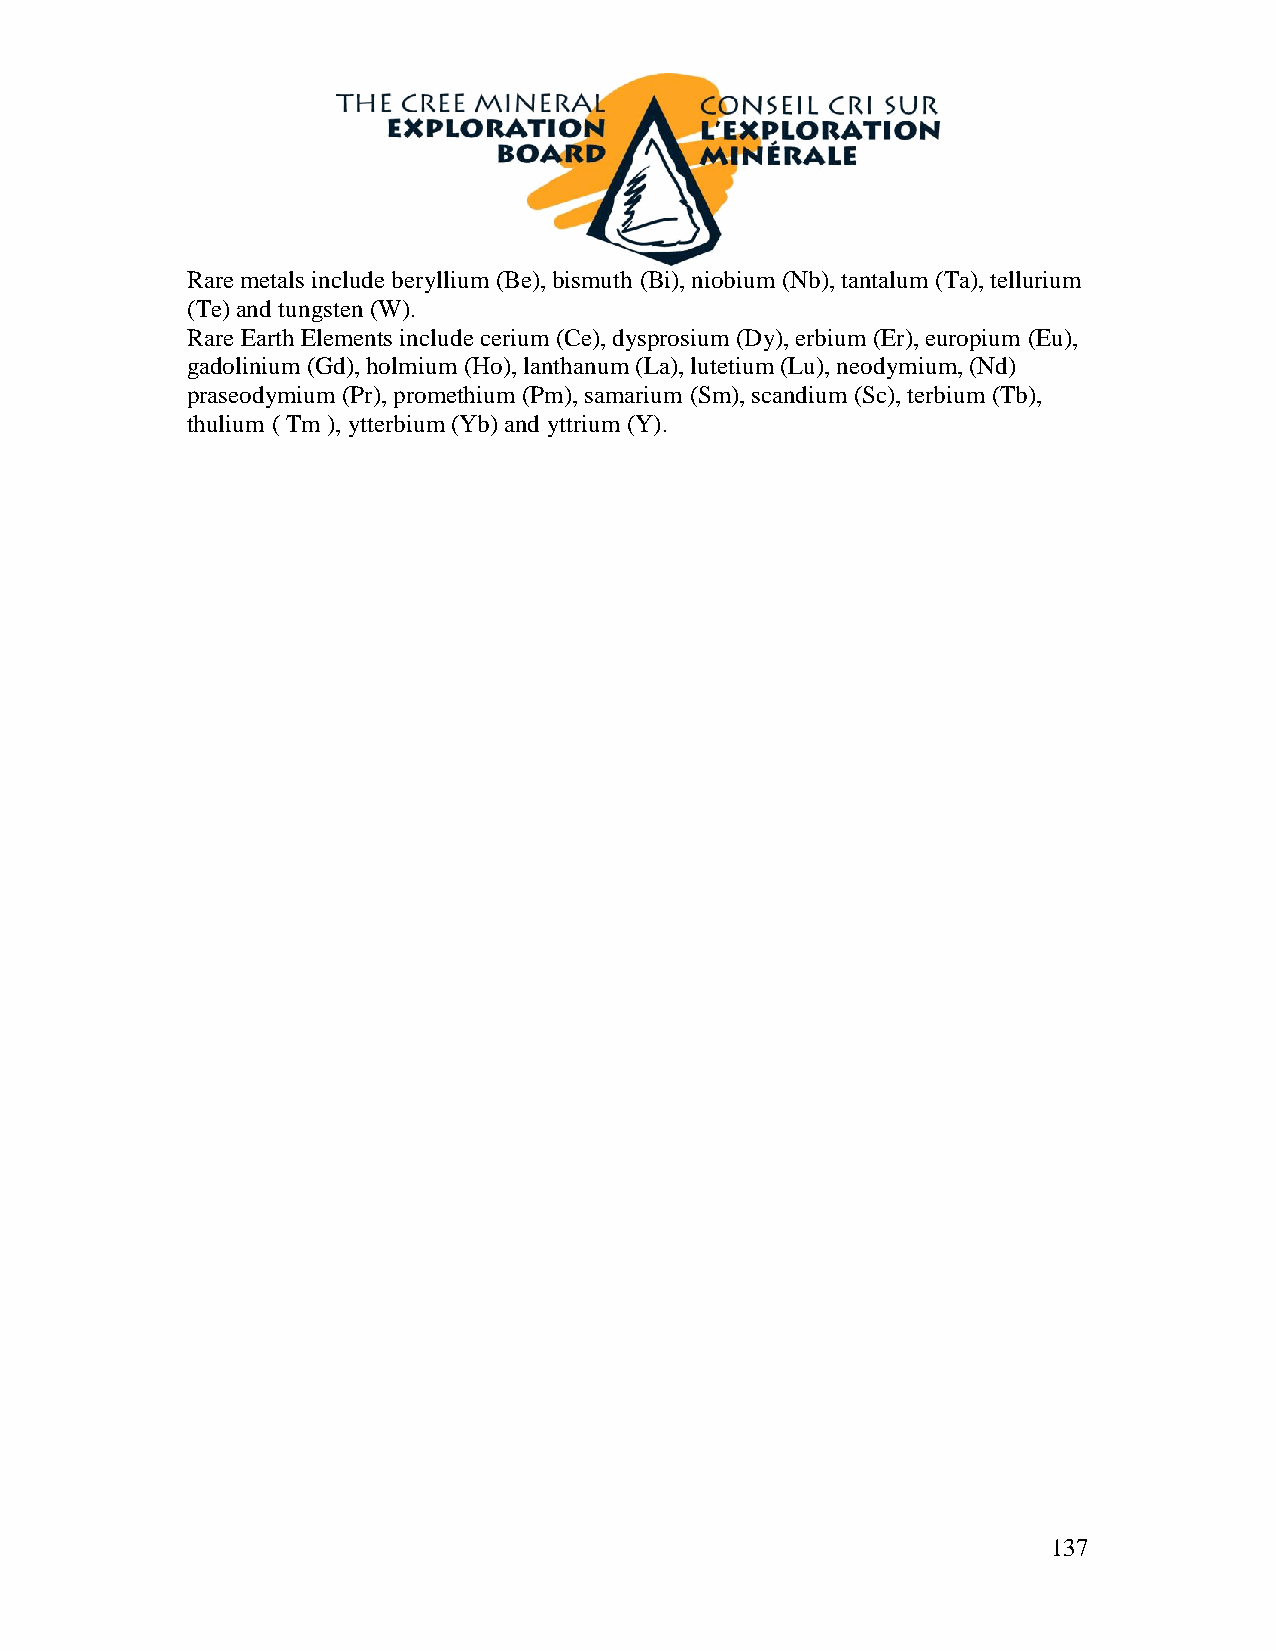
Rare metals include beryllium (Be), bismuth (Bi), niobium (Nb), tantalum (Ta), tellurium
 (Te) and tungsten (W).
 Rare Earth Elements include cerium (Ce), dysprosium (Dy), erbium (Er), europium (Eu),
 gadolinium (Gd), holmium (Ho), lanthanum (La), lutetium (Lu), neodymium, (Nd)
 praseodymium (Pr), promethium (Pm), samarium (Sm), scandium (Sc), terbium (Tb),
 thulium ( Tm ), ytterbium (Yb) and yttrium (Y).
 137